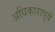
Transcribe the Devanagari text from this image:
अधिकारापूर्व